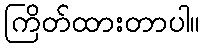
ကြိတ်ထားတာပါ။